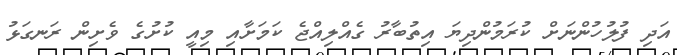
އަދި ފުލުހުންނަށް ކުރަމުންދިޔަ އިތުބާރު ގެއްލިއްޖެ ކަމަށާއި މިއީ ކުށުގެ ވެށިން ރަނގަޅު